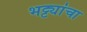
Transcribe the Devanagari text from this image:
भट्ट्यांचा